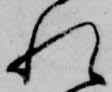
れ